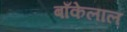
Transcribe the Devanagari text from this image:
बाँकेलाल